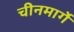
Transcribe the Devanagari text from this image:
चीनमार्गे